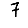
Digit: 7